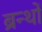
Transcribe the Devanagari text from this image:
ब्रन्थों